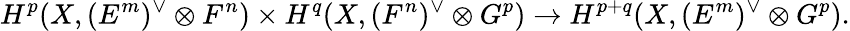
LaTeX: H^{p}(X,(E^{m})^{\vee}\otimes F^{n})\times H^{q}(X,(F^{n})^{\vee}\otimes G^{p})\to H^{p+q}(X,(E^{m})^{\vee}\otimes G^{p}).